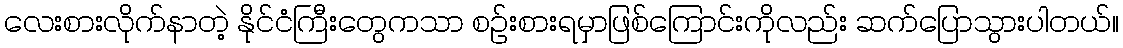
လေးစားလိုက်နာတဲ့ နိုင်ငံကြီးတွေကသာ စဉ်းစားရမှာဖြစ်ကြောင်းကိုလည်း ဆက်ပြောသွားပါတယ်။